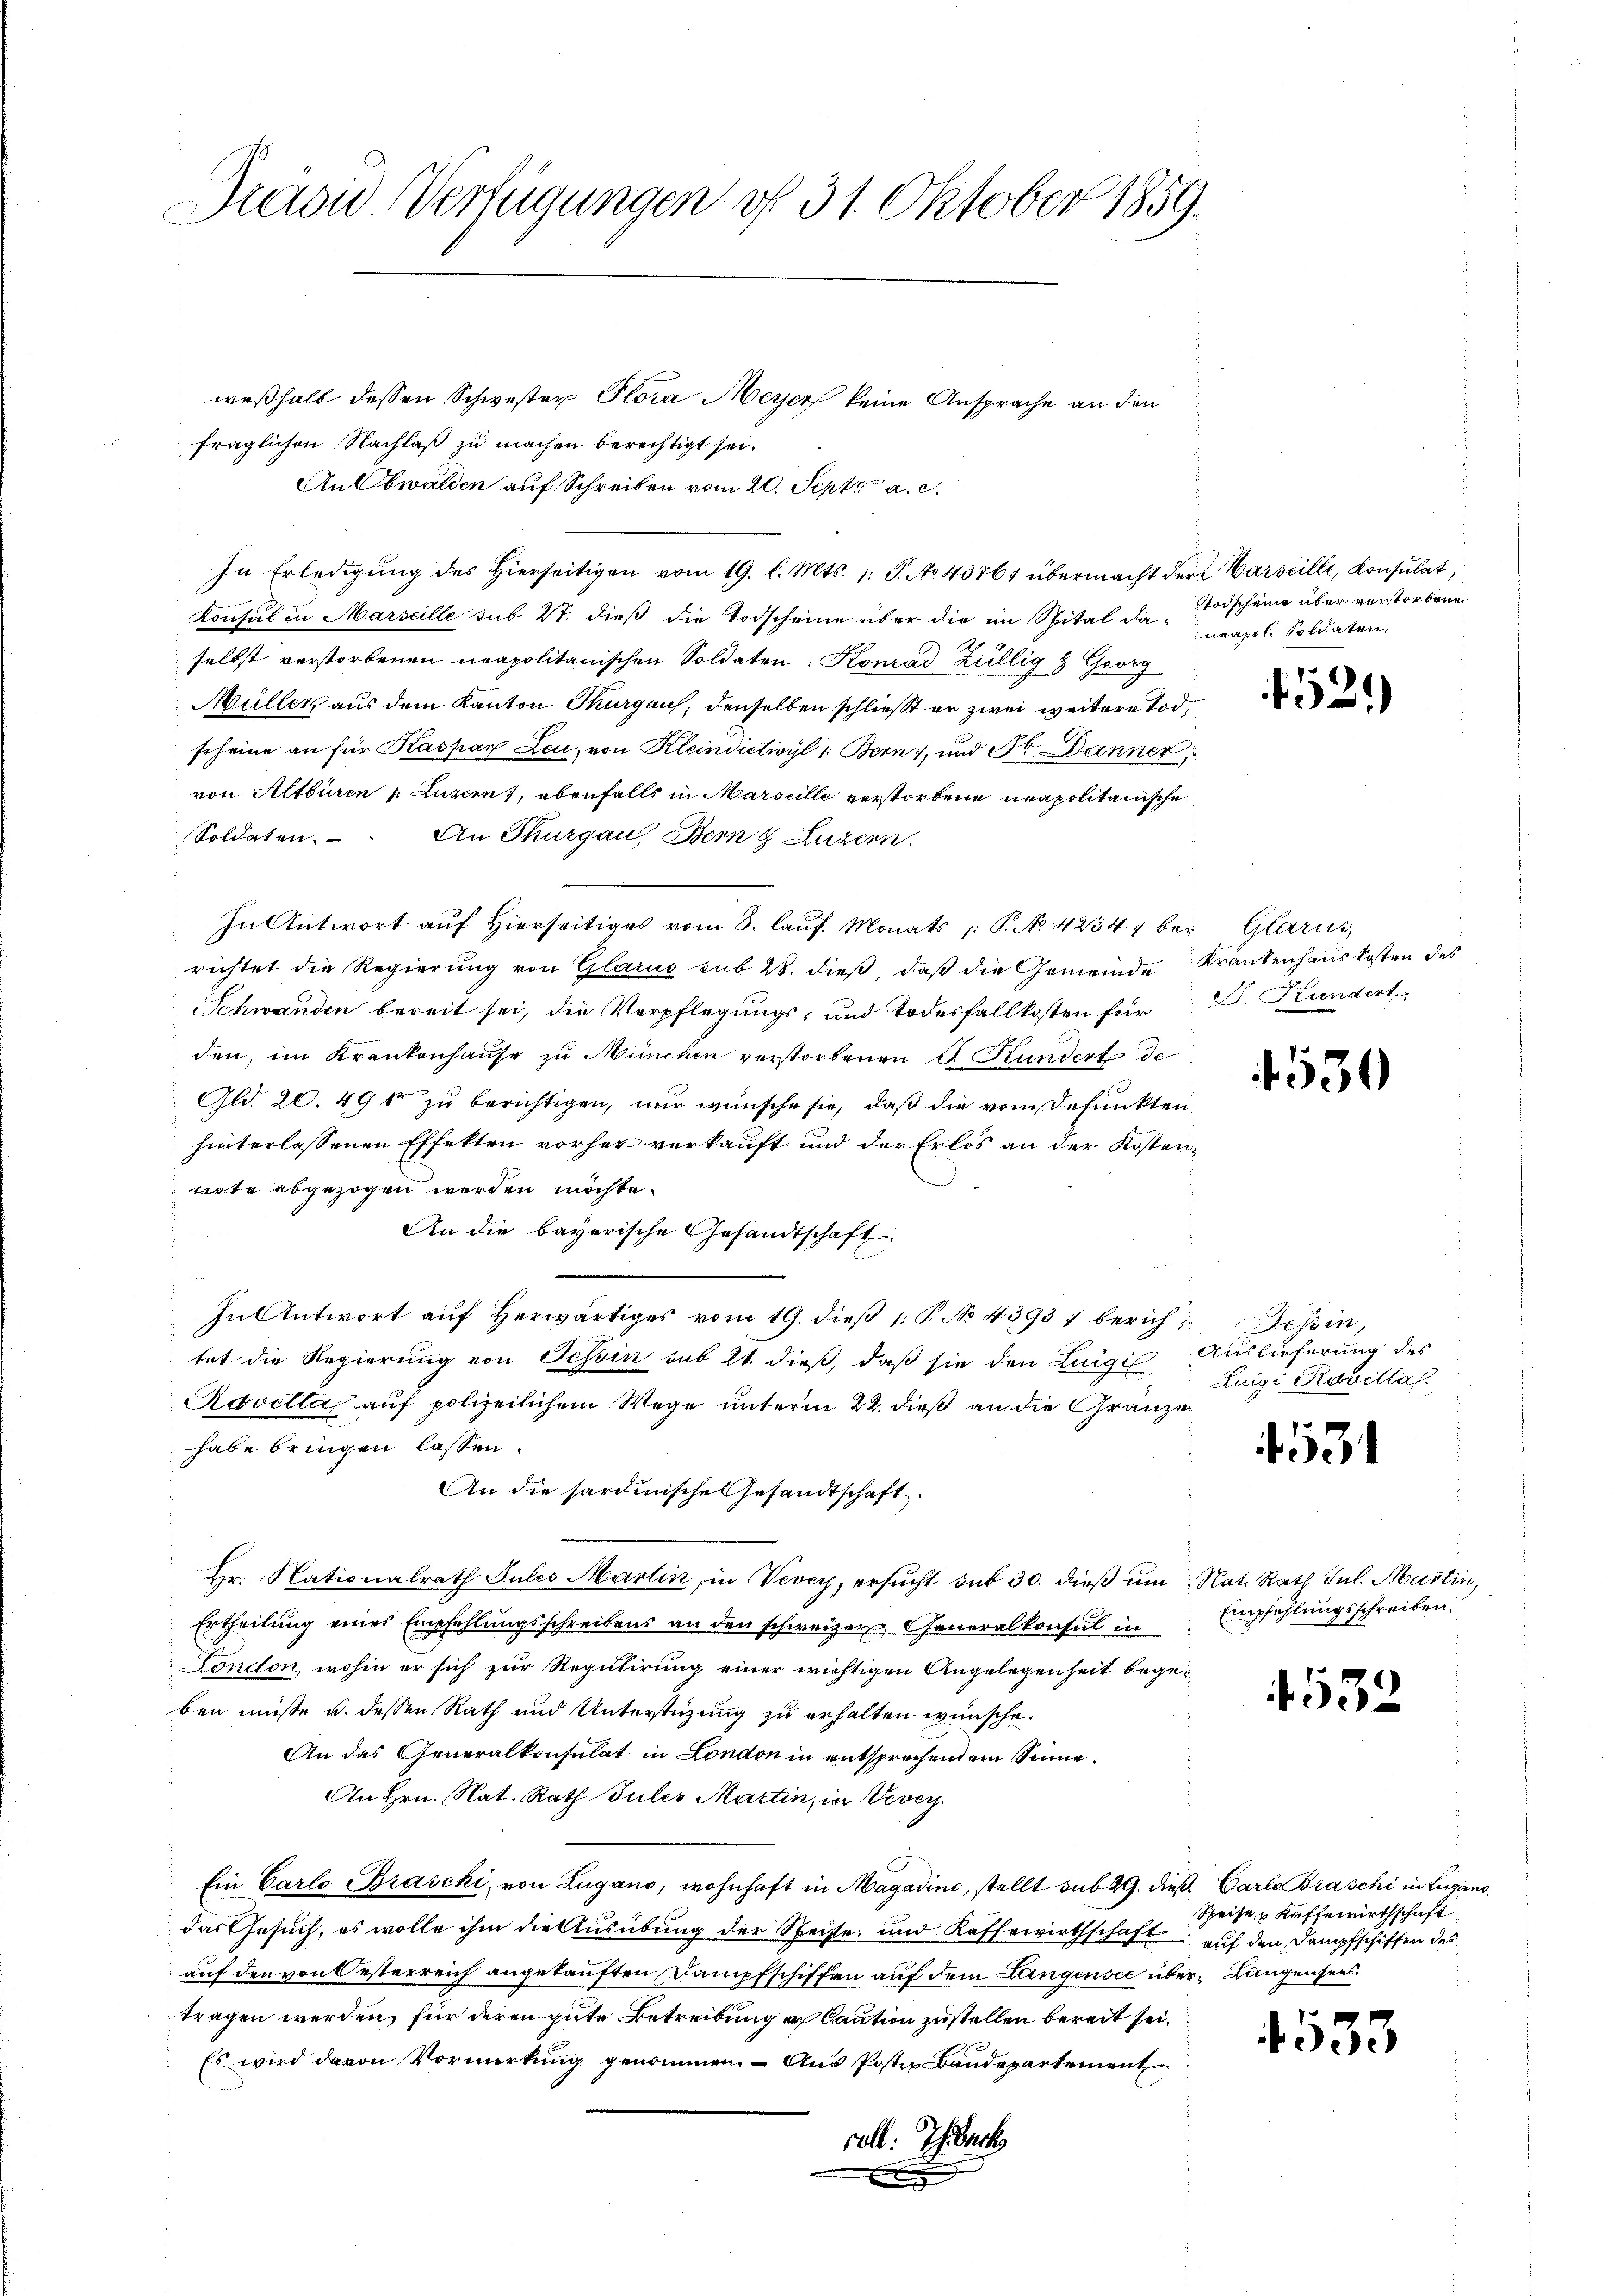
Graon Verfügungen d. 31. Oktober 1859.

weßhalb dessen Schwester Plora Meyer keine Ansprache an den
fraglichen Nachlaß zu machen berechtigt sei.
An Obwalden auf Schreiben vom 20. Sept. a. c.
Konsul in Marscille sub 27. dieß die Todscheine über die im Spital da-Todscheine über verstorbene
selbst verstorbenen neapolitanischen Soldaten. Konrad Züllig & Georg
Müller aus dem Kanton Thurgaus, denselben schließt er zwei weitere Tod
scheine an für Kaspar Leii, von Kleindictivyl 1: Bern, und St. Danner,
von Altburen 1. Luzern), ebenfalls in Marseille verstorbene neapolitanische
Soldaten. An Thurgau, Bern g Luzern.
In Antwort auf Hierseitiges vom 8. lauf. Monats P. No 42347 bei Glarus,
richtet die Regierung von Glarus sub 28. dieß, daß die Gemeinde Krankenhaus kosten des
Schwanden bereit sei, die Verpflegungs- und Todesfallkosten für E. Kundert
den, im Krankenhause zu München verstorbenen I. Kundert de
Gld. 20. 496 zu berichtigen, nur wünsche sie, daß die vom defunkten
hinterlassenen Effekten vorher verkauft und der Erlos an der Kostennote abgezogen werden möchte.
An die bayerische Gesandtschaft
2000
In Antwort auf herwärtiges vom 19. dieβ 1. P. No. 4393 f berich Tessin,
tet die Regierung von Tessin sub 21. dieß, daß sie den Luigil Luigi Kavella
Ravelli auf polizeilichem Wege unterm 22. dieß an die Gränze
habe bringen lassen.
An die sardinische Gesandtschaft
Hr. Nationalrath Jules Martin, in Vevey, ersucht sub 30. dieß um Nat. Rath Jul. Martin,
Ertheilung eines Empfehlungsschreibens an den schweizer, Generalkonsul in
Fondon, wohin er sich zur Regulirung einer wichtigen Angelegenheit begeben müsse u. dessen Rath und Unterstüzung zu erhalten wünsche.
An das Generalkonsulat in London in entsprechendem Sinne¬
An Hrn. Nat. Rath Jules Martin, in Vevey
Ein Carlo Braschi, von Zugano, wohnhaft in Magadino, stellt sub 29. dieß. Carl Braschi in Lugano
das Gesuch, es wolle ihm die Ausübung der Speiste und Kaffewirthschaft auf den Dampfschiffen des
auf den von Oesterreich angekauften Dampfschiffen auf dem Langensee über-Langensees
tragen werden, für deren gute Betreibung in Caution zustellen bereit sei.
Es wird davon Vormerkung genommen. Aus Poster Baudepartement
roll: Ich back
x

In Erledigung des Hierseitigen vom 19. l. Mts. 1. S. No. 4376, übermacht der Varseille, Konsulat,

neapol. Soldaten,

1521

530

Auslieferung des

431

Empfehlungsschreiben.

4532

Speise, Kaffewirthschaft

4533